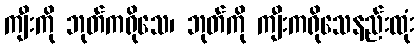
ကျီးကို ဘုတ်ကရိုသေ၊ ဘုတ်ကို ကျီးကရိုသေနည်းထုံး